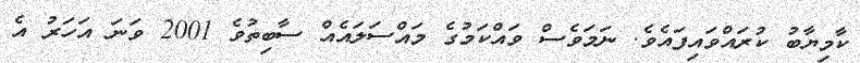
ކާމިޔާބު ކުރައްވައިފައެވެ. ނަމަވެސް ވައްކަމުގެ މައްސަލައެއް ސާބިތުވެ 2001 ވަނަ އަހަރު އެ